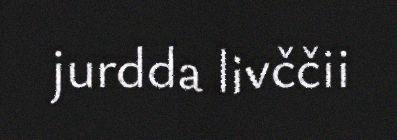
jurdda livččii